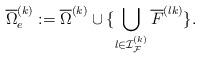
LaTeX: \begin{align*} \overline{\Omega}^{(k)}_e := \overline{\Omega}^{(k)} \cup \{\bigcup_{l\in{\mathcal{I}}_{\mathcal{F}}^{(k)}} \overline{F}^{(lk)}\}.\end{align*}